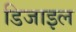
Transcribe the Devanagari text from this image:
डिजाइल